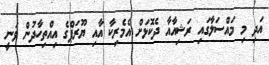
އަދި މި މައްސަލާގައި ރަޝިއާއާ ދެކޮޅަށް އެމެރިކާ އާއި ޔޫރަޕްގެ އިއްތިހާދުން ވަނީ